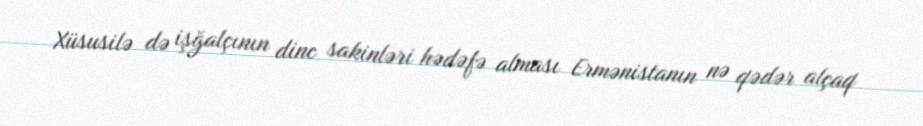
Xüsusilə də işğalçının dinc sakinləri hədəfə alması Ermənistanın nə qədər alçaq